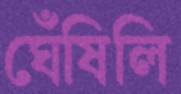
ঘেঁষিলি